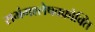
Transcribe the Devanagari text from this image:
सभंगश्लेषवक्रोक्ति